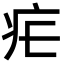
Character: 疟